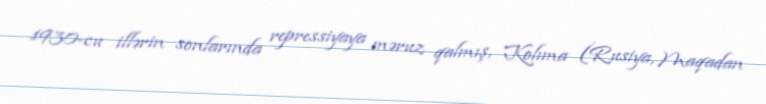
1930-cu illərin sonlarında repressiyaya məruz qalmış, Kolıma (Rusiya, Maqadan